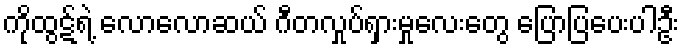
ကိုထွဋ်ရဲ့ လောလောဆယ် ဂီတလှုပ်ရှားမှုလေးတွေ ပြောပြပေးပါဦး